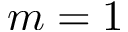
m = 1